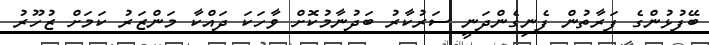
ބޭފުޅުންގެ ފަރާތުން ފެނިގެންދަނީ ސަރުކާރު ބަދުނާމުކޮށް ވާހަކަ ދައްކާ މަންޒަރު ކަމަށް ޒުހޫރު